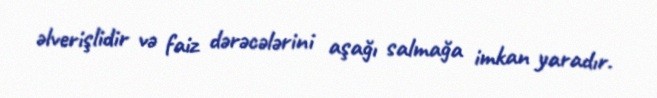
əlverişlidir və faiz dərəcələrini aşağı salmağa imkan yaradır.